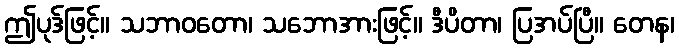
ဤပုဒ်ဖြင့်။ သဘာဝတော၊ သဘောအားဖြင့်။ ဒီပိတာ၊ ပြအပ်ပြီ။ တေန၊